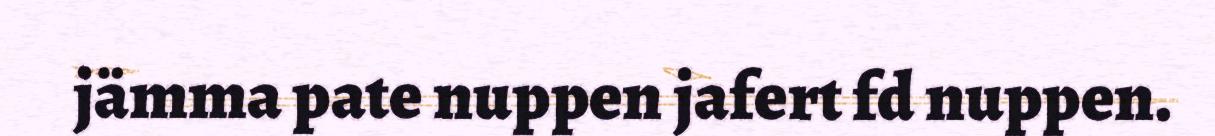
jämma pate nuppen jafert fd nuppen.